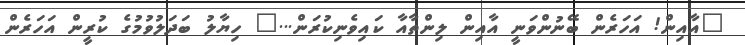
"އާއިން! އަހަރެން ބޭނުންވަނީ އާއިން ލިންތާއާ ކައިވެނިކުރަން..." ހިޔާލު ބަދަލުވުމުގެ ކުރީން އަހަރެން